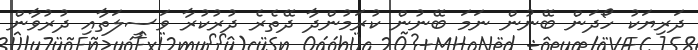
ދަރިޔަކު ހޯދަން ބޭނުން ނަމަ ބޭނުން ކުރަމުންދާ ދޭތެރެ ދުރުކުރާ ވަސީލަތާއި ދުރުވާން